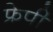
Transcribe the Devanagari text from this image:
फ्रेपी